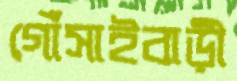
গোঁসাইবাড়ী